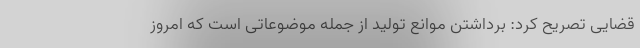
قضایی تصریح کرد: برداشتن موانع تولید از جمله موضوعاتی است که امروز